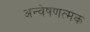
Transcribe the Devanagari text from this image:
अन्वेषणत्मक